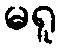
မရူ